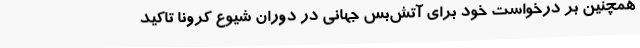
همچنین بر درخواست خود برای آتش‌بس جهانی در دوران شیوع کرونا تاکید